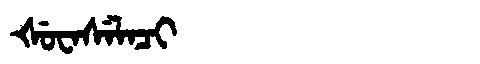
Manchu: ᡧᡠᠸᠠᠰᡝᠯᠠᠴᡳ
Romanization: ŠUWASELACI